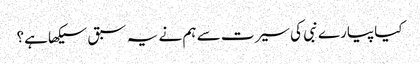
کیا پیارے نبی کی سیرت سے ہم نے یہ سبق سیکھا ہے؟